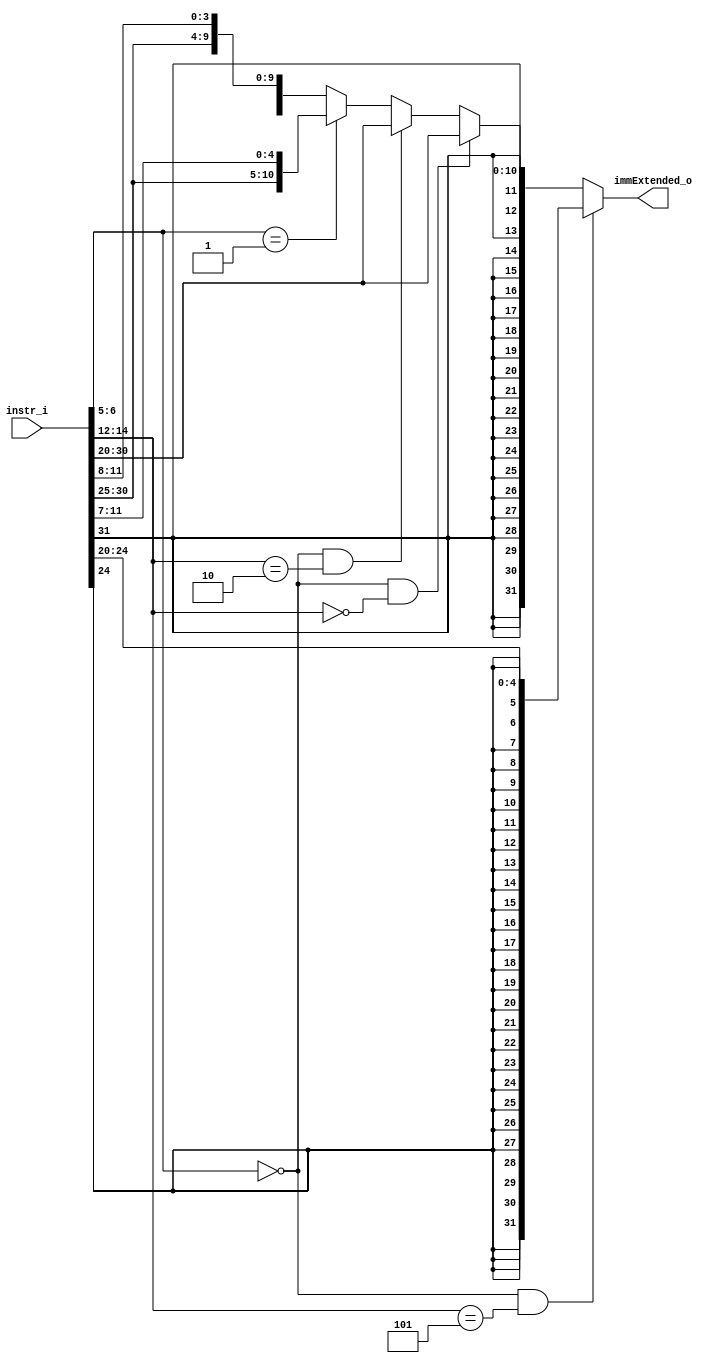
module Imm_Gen(
    instr_i, 
    immExtended_o
);

input [31:0] instr_i;
output [31:0] immExtended_o;

assign immExtended_o =  (instr_i[6:5] == 2'b00 && instr_i[14:12] == 3'b101) ? {{27{instr_i[24]}}, instr_i[24:20]}:     // srai
                        (instr_i[6:5] == 2'b00 && instr_i[14:12] == 3'b000) ? {{20{instr_i[31]}}, instr_i[31:20]}:     // addi
                        (instr_i[6:5] == 2'b00 && instr_i[14:12] == 3'b010) ? {{20{instr_i[31]}}, instr_i[31:20]}:     // lw
                        (instr_i[6:5] == 2'b01) ? {{20{instr_i[31]}}, instr_i[31:25], instr_i[11:7]}:                  // sw
                        {{20{instr_i[31]}}, instr_i[31], instr_i[7], instr_i[30:25], instr_i[11:8]};                   // beq



endmodule